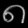
Digit: ၈